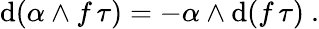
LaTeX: \mathrm{d}(\alpha\wedge f\, \tau)=-\alpha\wedge\mathrm{d}(f\, \tau)\ .